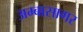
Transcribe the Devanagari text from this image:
अम्बासागर